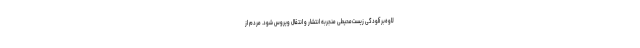
لاوه‌بر آلودگی زیست‌محیطی منجربه انتشار و انتقال ویروس شود. مردم از